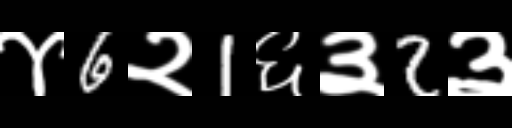
Text: ४6२1६३2३